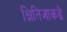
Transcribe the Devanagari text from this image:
क्षितिजाकडे